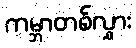
ကမ္ဘာတစ်လွှား